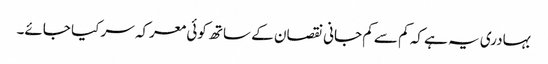
بہادری یہ ہے کہ کم سے کم جانی نقصان کے ساتھ کوئی معرکہ سر کیا جائے۔